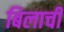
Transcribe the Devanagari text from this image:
बिलाची